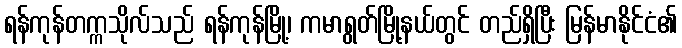
ရန်ကုန်တက္ကသိုလ်သည် ရန်ကုန်မြို့၊ ကမာရွတ်မြို့နယ်တွင် တည်ရှိပြီး မြန်မာနိုင်ငံ၏